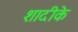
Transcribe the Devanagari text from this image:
शादीके